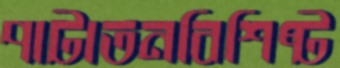
পাটাতনবিশিষ্ট